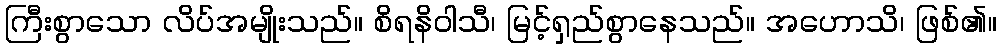
ကြီးစွာသော လိပ်အမျိုးသည်။ စိရနိဝါသီ၊ မြင့်ရှည်စွာနေသည်။ အဟောသိ၊ ဖြစ်၏။